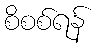
စိစစ်ရန်